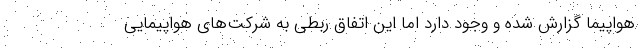
هواپیما گزارش شده و وجود دارد اما این اتفاق ربطی به شرکت‌های هواپیمایی